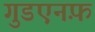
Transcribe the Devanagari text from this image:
गुडएनफ़